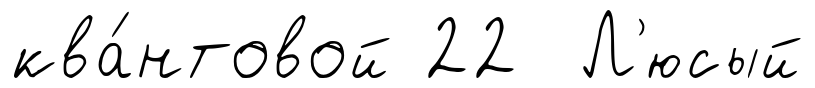
ква́нтовой 22 Л'юсый